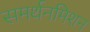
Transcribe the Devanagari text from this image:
समर्थनमिशन